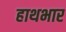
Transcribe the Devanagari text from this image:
हाथभार